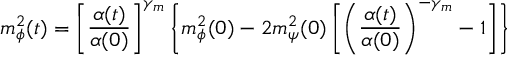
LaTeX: m _ { \phi } ^ { 2 } ( t ) = \left[ \frac { \alpha ( t ) } { \alpha ( 0 ) } \right] ^ { \gamma _ { m } } \left\{ m _ { \phi } ^ { 2 } ( 0 ) - 2 m _ { \psi } ^ { 2 } ( 0 ) \left[ \left( \frac { \alpha ( t ) } { \alpha ( 0 ) } \right) ^ { - \gamma _ { m } } - 1 \right] \right\}